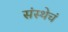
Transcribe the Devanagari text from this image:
संस्थेचं